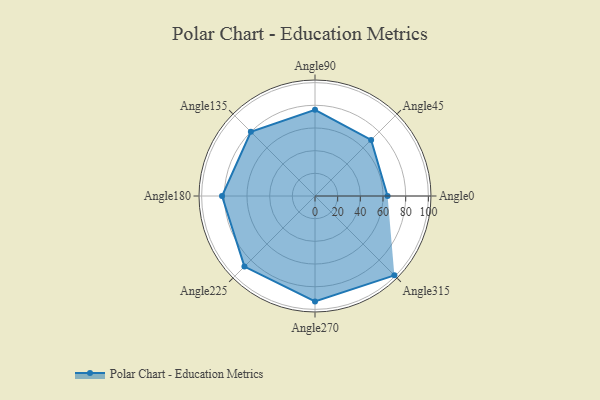
{"axis": {"x": "Angle", "y": "Radius"}, "legend": [""], "data": [{"x": "Angle0", "y": 64.0, "type": ""}, {"x": "Angle45", "y": 70.0, "type": ""}, {"x": "Angle90", "y": 76.0, "type": ""}, {"x": "Angle135", "y": 80.0, "type": ""}, {"x": "Angle180", "y": 82.0, "type": ""}, {"x": "Angle225", "y": 88.0, "type": ""}, {"x": "Angle270", "y": 93.0, "type": ""}, {"x": "Angle315", "y": 99.0, "type": ""}]}